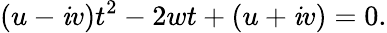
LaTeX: (u-\mathit{i}v)t^{2}-2wt+(u+\mathit{i}v)=0.